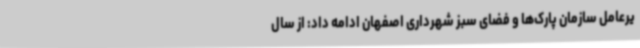
یرعامل سازمان پارک‌ها و فضای سبز شهرداری اصفهان ادامه داد: از سال